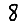
Digit: 8